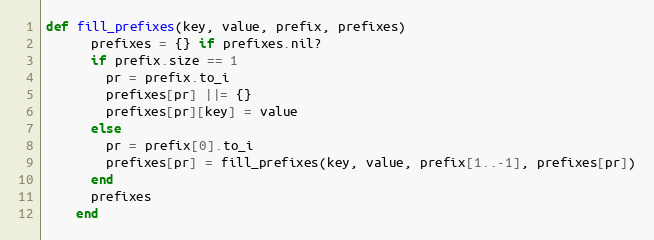
Language: Ruby
def fill_prefixes(key, value, prefix, prefixes)
      prefixes = {} if prefixes.nil?
      if prefix.size == 1
        pr = prefix.to_i
        prefixes[pr] ||= {}
        prefixes[pr][key] = value
      else
        pr = prefix[0].to_i
        prefixes[pr] = fill_prefixes(key, value, prefix[1..-1], prefixes[pr])
      end
      prefixes
    end